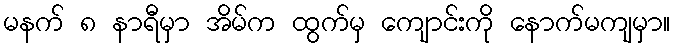
မနက် ၈ နာရီမှာ အိမ်က ထွက်မှ ကျောင်းကို နောက်မကျမှာ။